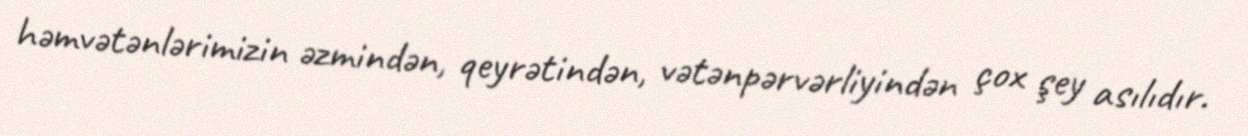
həmvətənlərimizin əzmindən, qeyrətindən, vətənpərvərliyindən çox şey asılıdır.